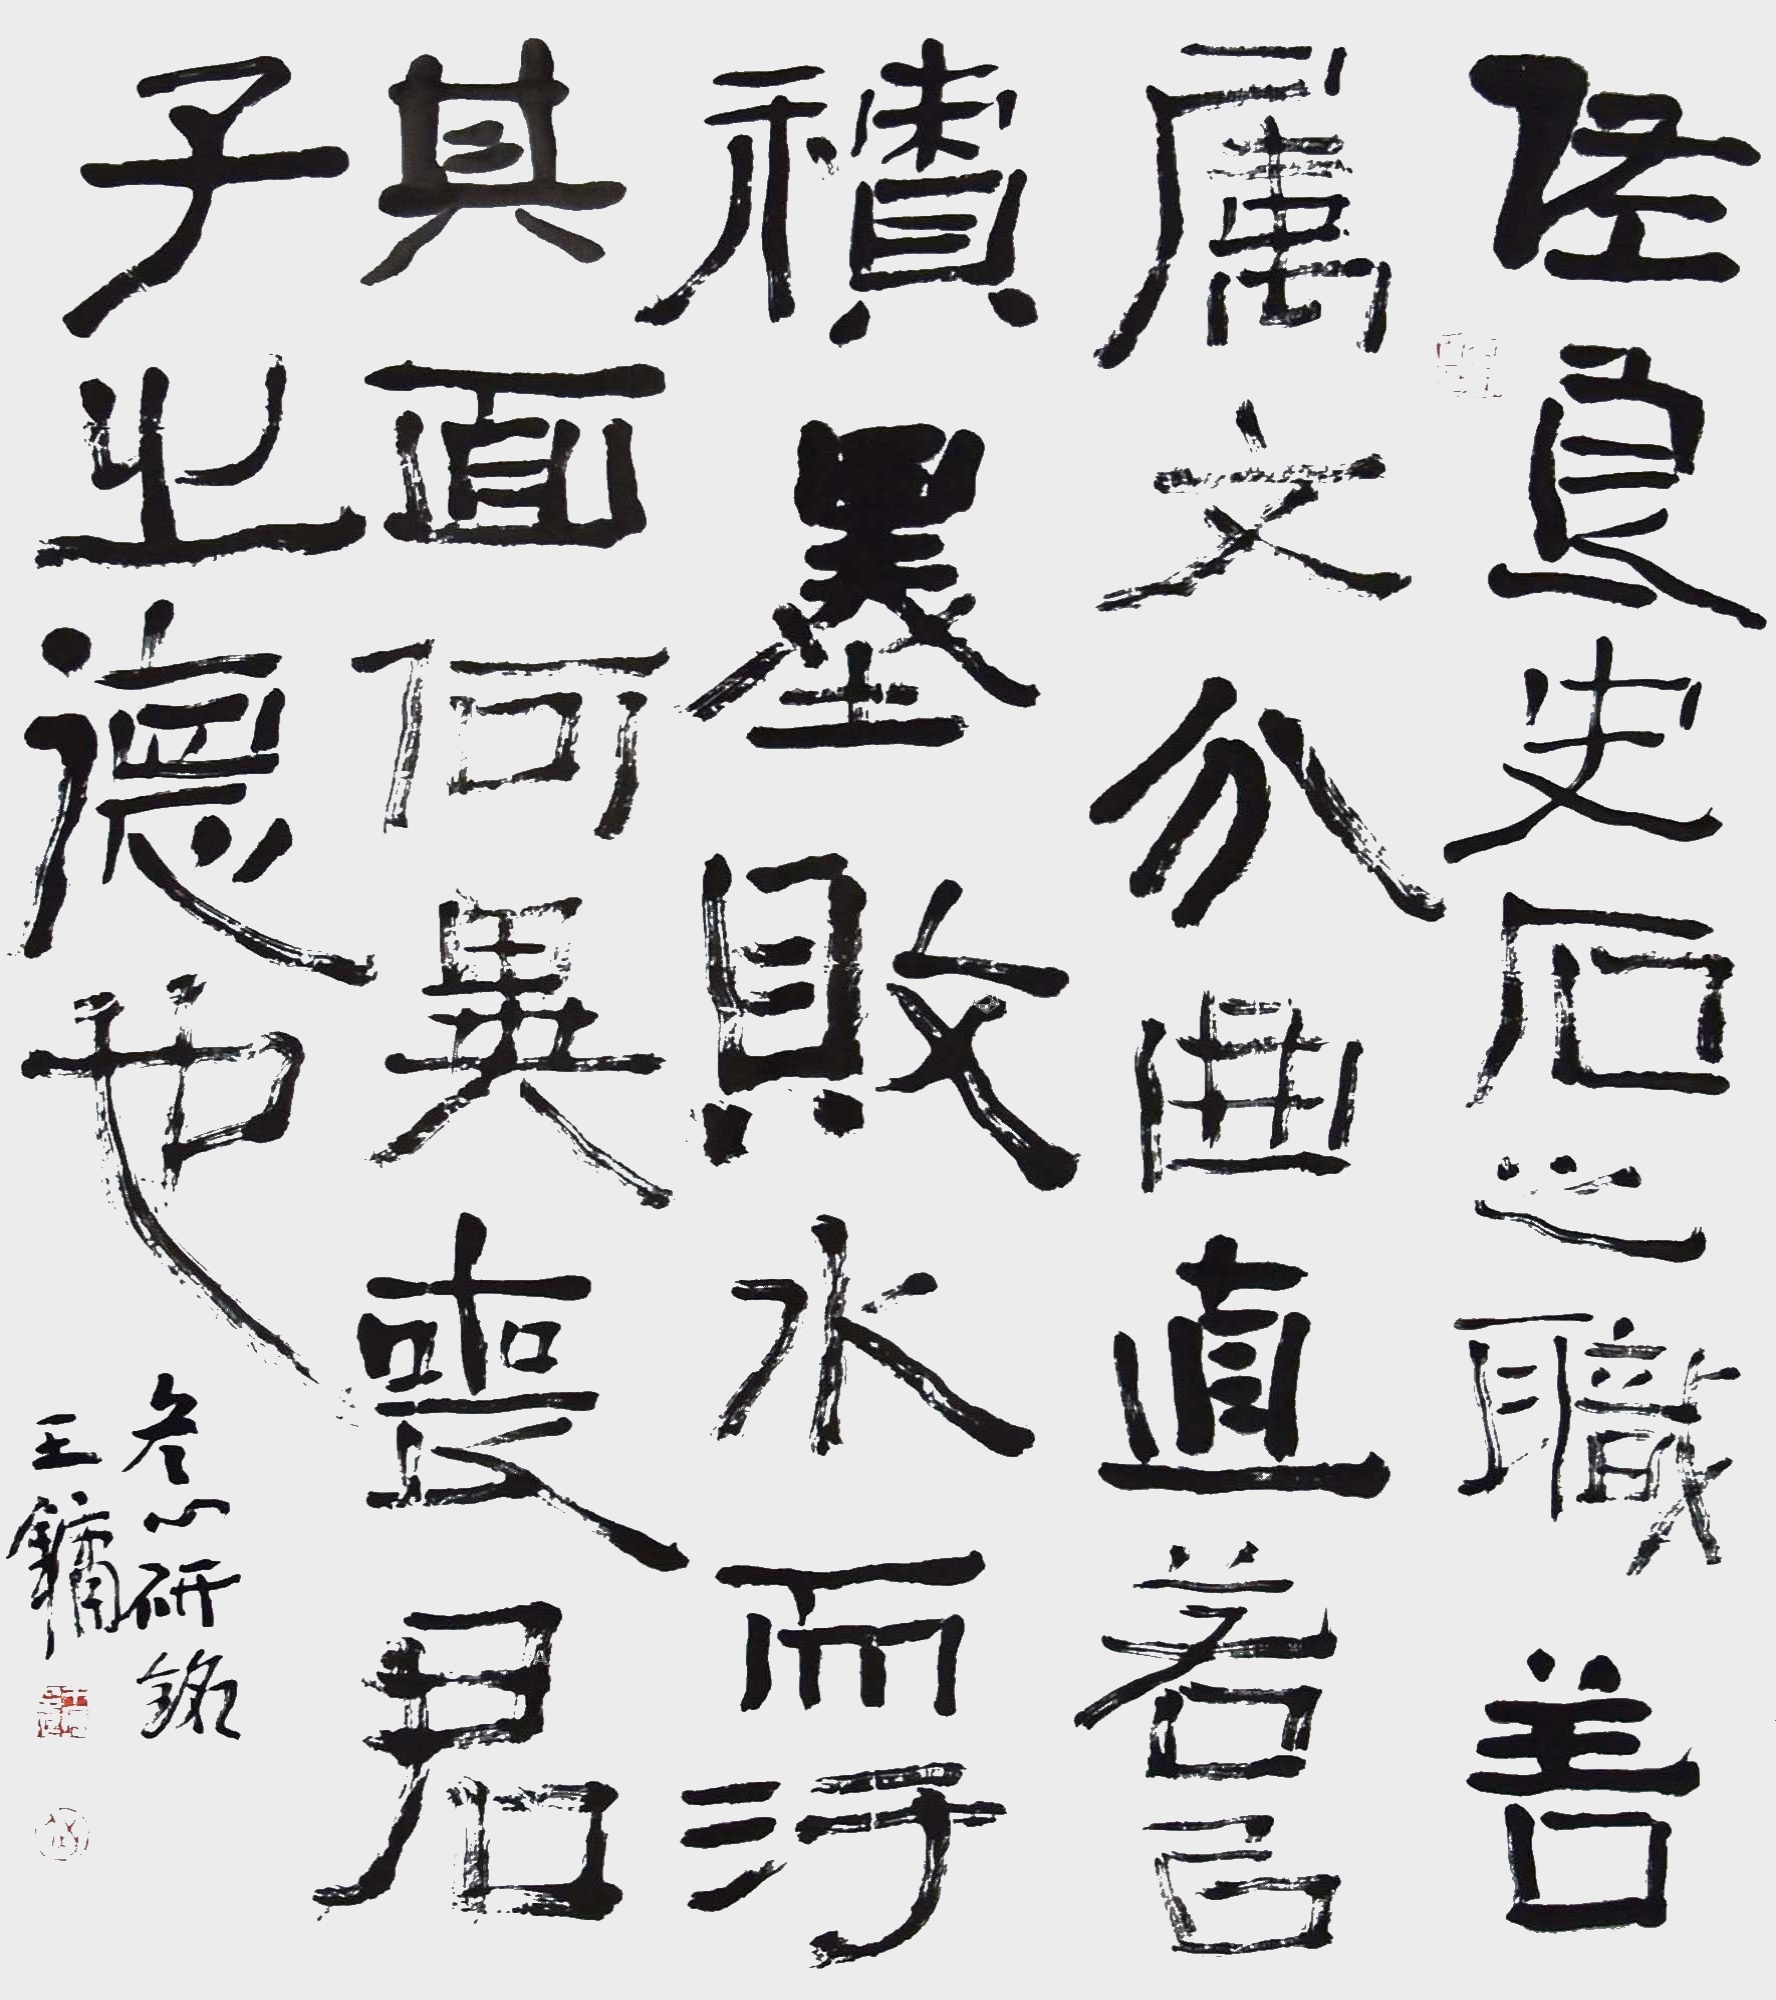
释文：佐良史石之职善属文分曲直若以积墨败水而污其面何异丧君子之德也冬心研铭王镛